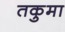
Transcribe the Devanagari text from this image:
तकुमा